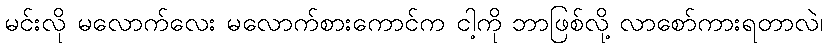
မင်းလို မလောက်လေး မလောက်စားကောင်က ငါ့ကို ဘာဖြစ်လို့ လာစော်ကားရတာလဲ၊